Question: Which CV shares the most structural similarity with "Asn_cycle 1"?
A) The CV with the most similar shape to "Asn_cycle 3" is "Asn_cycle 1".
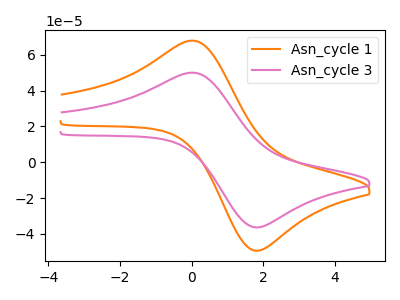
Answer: <think>The orange curve "Asn_cycle 1" has an anodic peak at (0.00V, 67.80uA) and a cathodic peak at (1.85V, -49.35uA). The pink curve "Asn_cycle 3" has an anodic peak at (0.00V, 49.95uA) and a cathodic peak at (1.85V, -36.35uA).
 All the peaks in "Asn_cycle 1" have a peak in "Asn_cycle 3" at the same potential. Every peak in "Asn_cycle 1" is higher than every peak in "Asn_cycle 3".</think>
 <answer>A) The CV with the most similar shape to "Asn_cycle 3" is "Asn_cycle 1".</answer>
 <eval>A</eval>